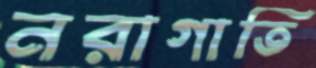
নরাগাতি